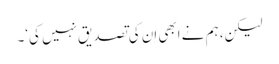
لیکن، ہم نے ابھی اِن کی تصدیق نہیں کی‘۔